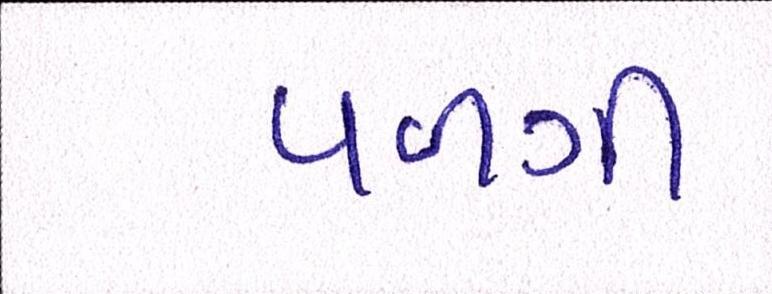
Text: વળગી